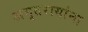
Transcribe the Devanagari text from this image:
अमृतरायांना